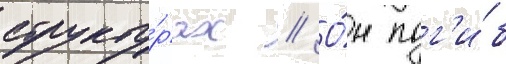
структу́рах // О́н пог'и́б